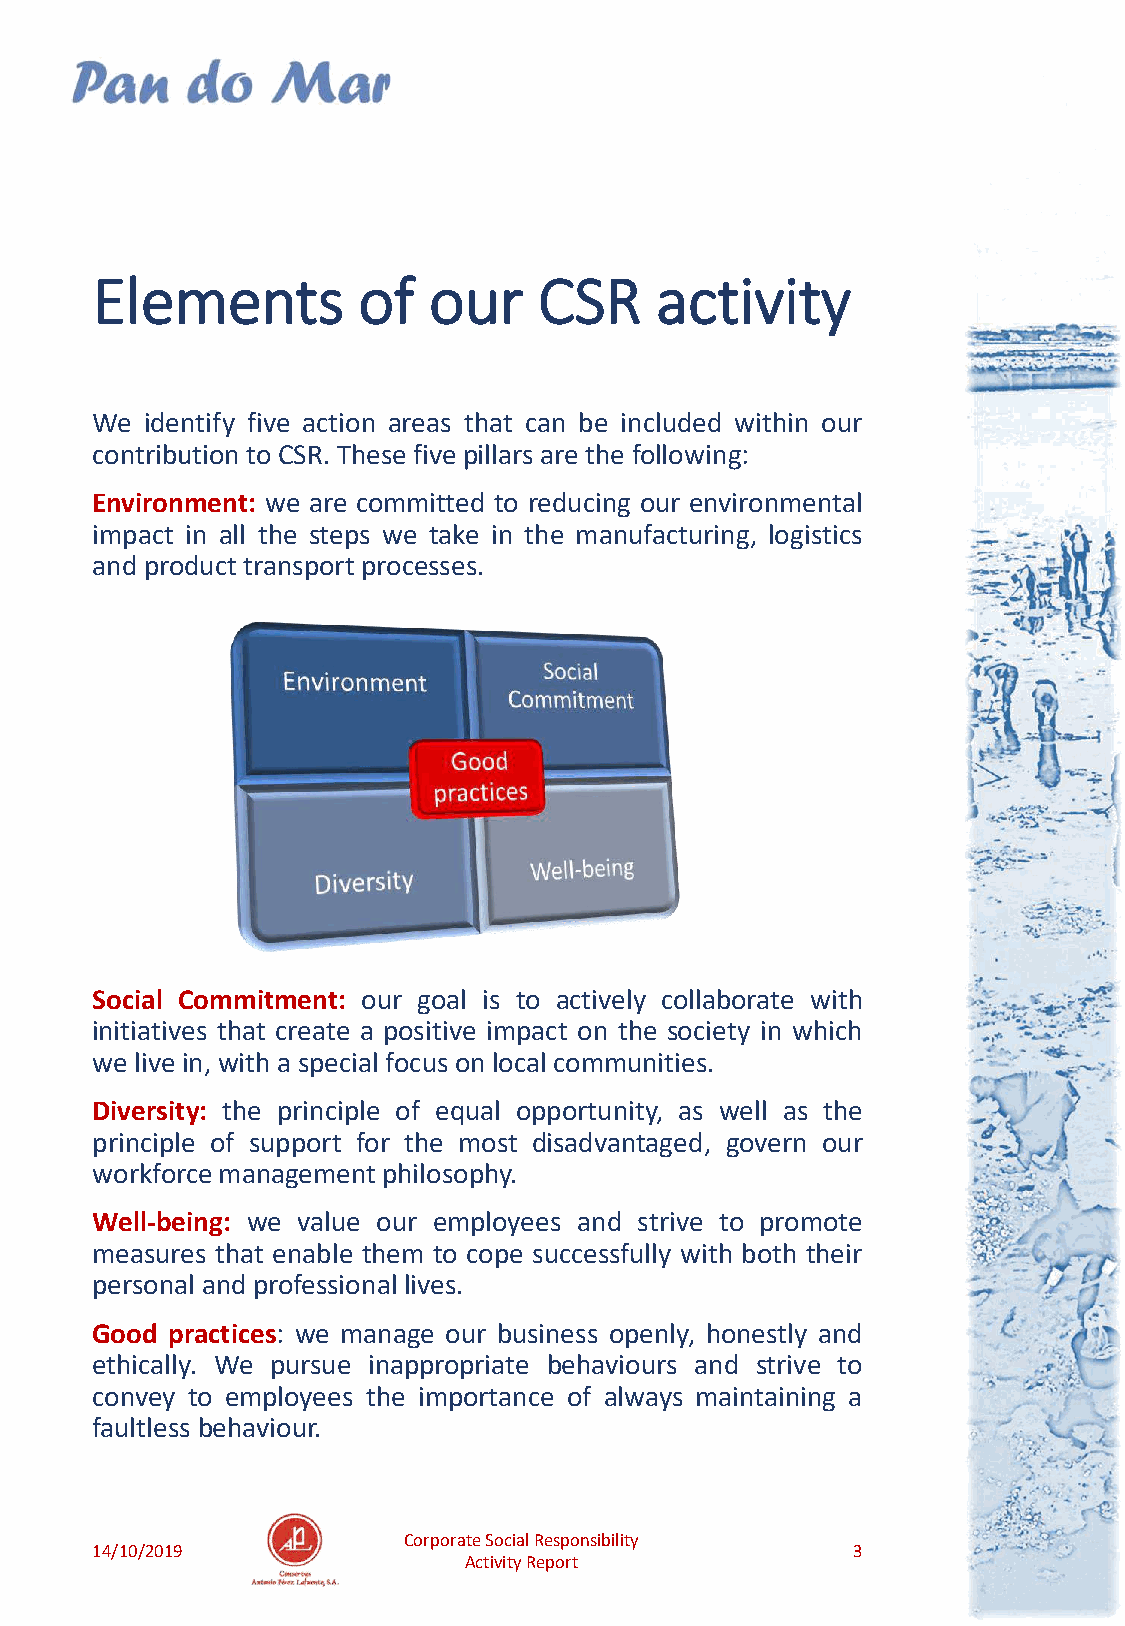
Elements          of  our     CSR    activity
 We  identify five action areas that can be included within our
 contribution to CSR.These five pillars are the following:
 Environment: we are committed to reducing our environmental
 impact in all the steps we take in the manufacturing, logistics
 and product transport processes.
 Social Commitment: our goal is to actively collaborate with
 initiatives that create a positive impact on the society in which
 we live in, with a special focus onlocal communities.
 Diversity: the principle of equal opportunity, as well as the
 principle of support for the most disadvantaged, govern our
 workforcemanagement philosophy.
 Well-being: we value our employees and strive to promote
 measures that enable them to cope successfully with both their
 personal and professional lives.
 Good practices: we manage our business openly, honestly and
 ethically. We pursue inappropriate behaviours and strive to
 convey to employees the importance of always maintaining a
 faultless behaviour.
 Corporate Social Responsibility
 14/10/2019                                        3
 Activity Report